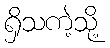
ရှိသကဲ့သို့